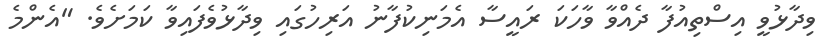
ވިދާޅުވީ އިސްތިއުފާ ދެއްވާ ވާހަކަ ރައީސާ އެމަނިކުފާނު އަރިހުގައި ވިދާޅުވެފައިވާ ކަމަށެވެ. "އެންމެ